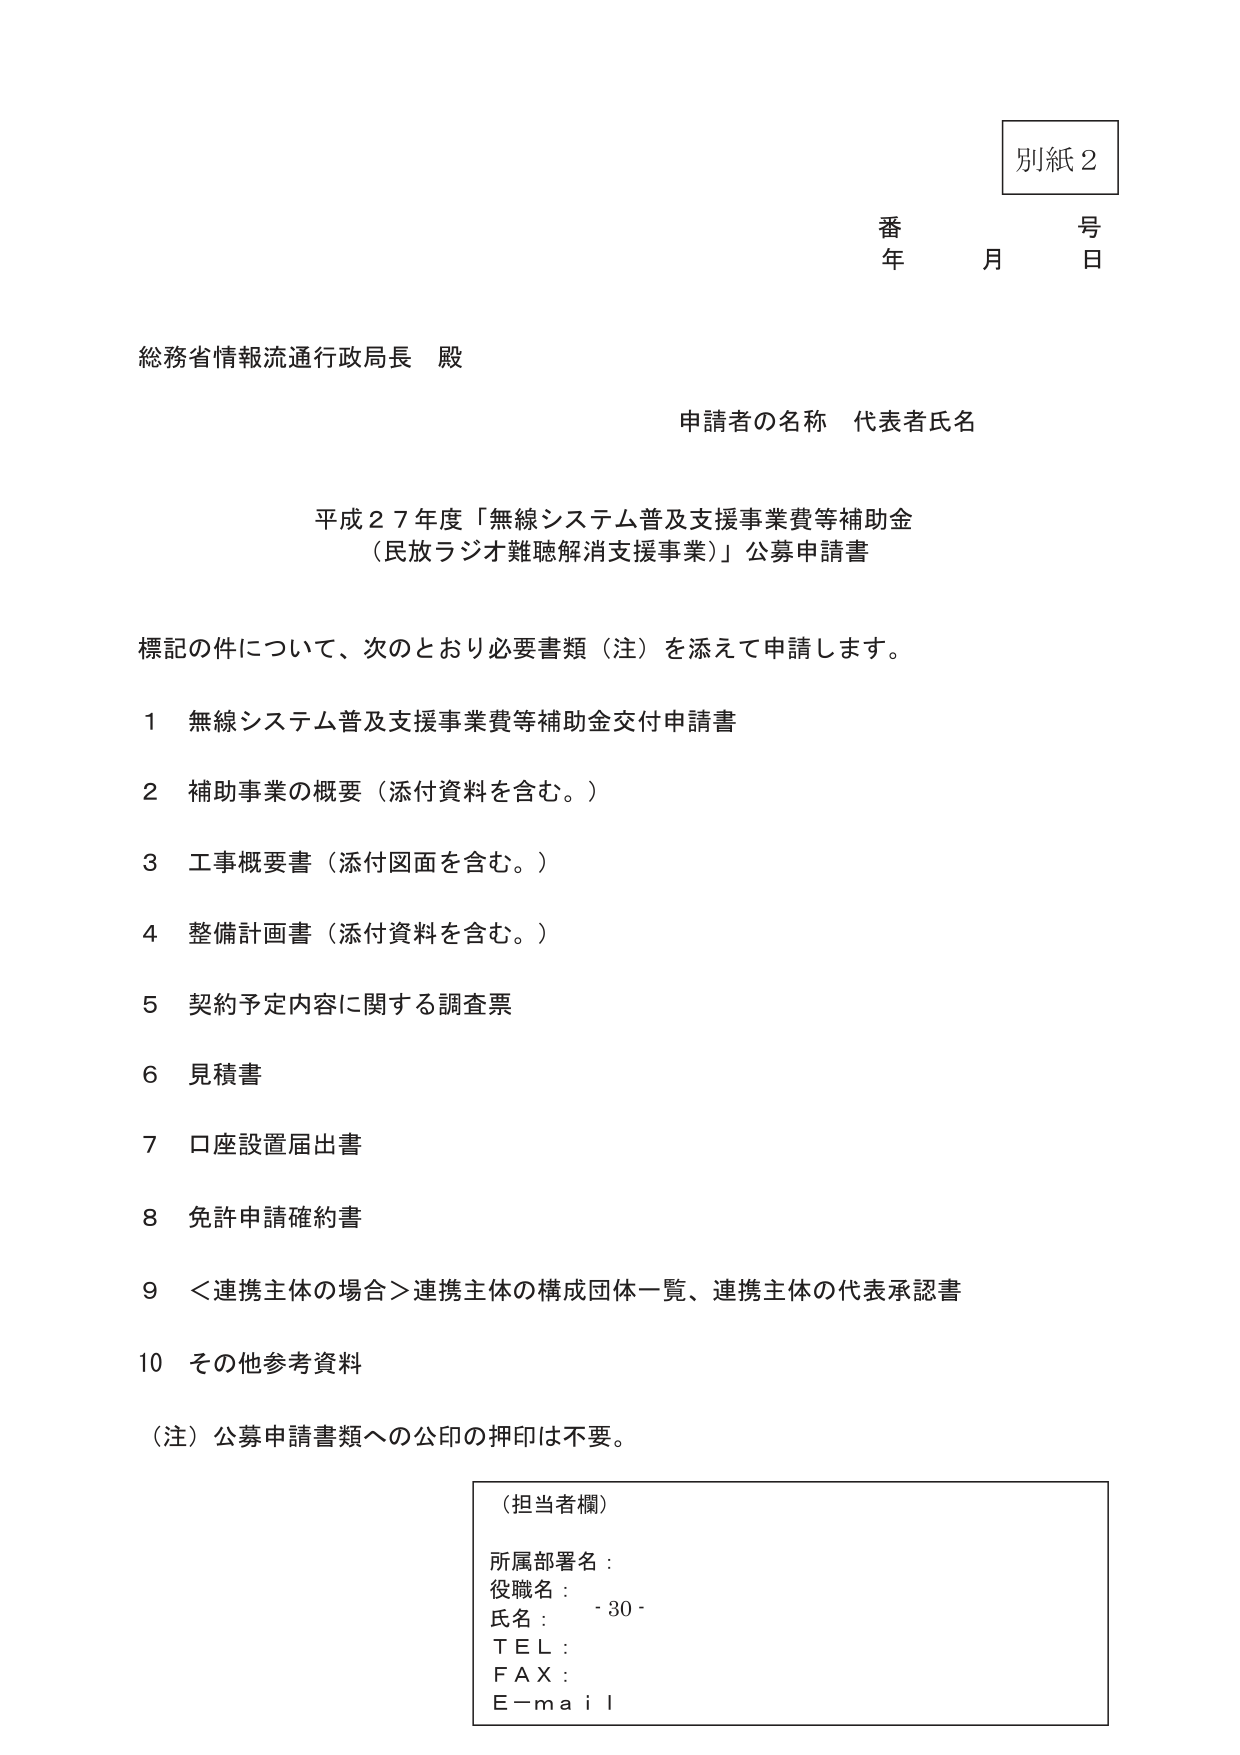
別紙２
番　　号
年　　月　　日

総務省情報流通行政局長　殿

申請者の名称　代表者氏名

平成２７年度「無線システム普及支援事業費等補助金
（民放ラジオ難聴解消支援事業）」公募申請書

標記の件について、次のとおり必要書類（注）を添えて申請します。

１　無線システム普及支援事業費等補助金交付申請書
２　補助事業の概要（添付資料を含む。）
３　工事概要書（添付図面を含む。）
４　整備計画書（添付資料を含む。）
５　契約予定内容に関する調査票
６　見積書
７　口座設置届出書
８　免許申請確約書
９　＜連携主体の場合＞連携主体の構成団体一覧、連携主体の代表承認書
10　その他参考資料

（注）公募申請書類への公印の押印は不要。

（担当者欄）
所属部署名：
役職名：
氏名：　- 30 -
ＴＥＬ：
ＦＡＸ：
Ｅ－ｍａｉｌ